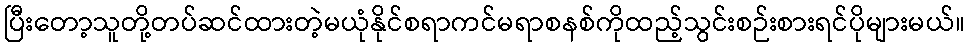
ပြီးတော့သူတို့တပ်ဆင်ထားတဲ့မယုံနိုင်စရာကင်မရာစနစ်ကိုထည့်သွင်းစဉ်းစားရင်ပိုများမယ်။